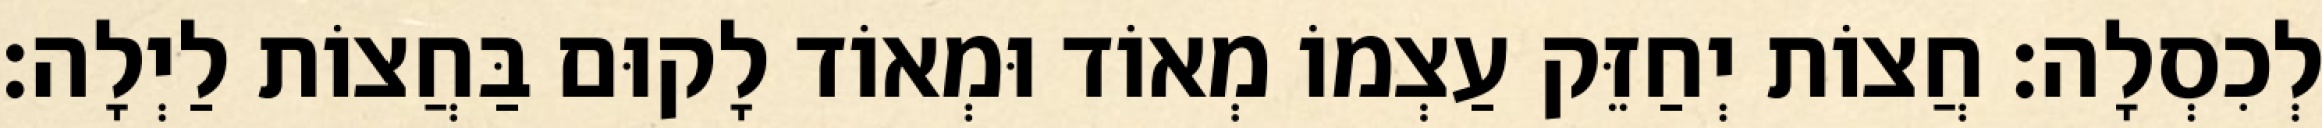
לְכִסְלָה: חֲצוֹת יְחַזֵּק עַצְמוֹ מְאוֹד וּמְאוֹד לָקוּם בַּחֲצוֹת לַיְלָה: